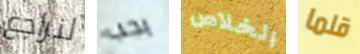
لنراجع يجب الخلاص قلما